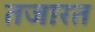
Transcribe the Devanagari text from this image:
तजारत